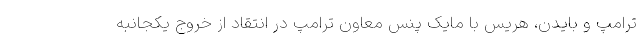
ترامپ و بایدن، هریس با مایک پنس معاون ترامپ در انتقاد از خروج یکجانبه